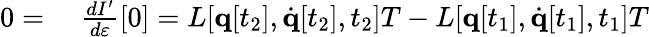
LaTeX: \begin{array}{rl}{0={}}&{{}{\frac{dI^{\prime}}{d\varepsilon}}[0]=L[\mathbf{q}[t_{2}],{\dot{\mathbf{q}}}[t_{2}],t_{2}]T-L[\mathbf{q}[t_{1}],{\dot{\mathbf{q}}}[t_{1}],t_{1}]T}\end{array}